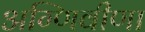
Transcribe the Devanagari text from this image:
अग्णिवीणा